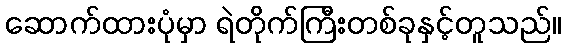
ဆောက်ထားပုံမှာ ရဲတိုက်ကြီးတစ်ခုနှင့်တူသည်။